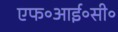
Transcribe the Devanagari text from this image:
एफ॰आई॰सी॰